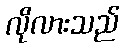
လိုလားသည်